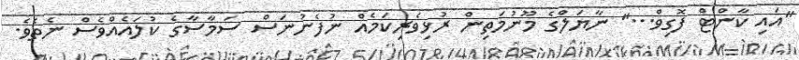
"އައި ކާންޓް ފޮގިވް..." ނާޔަލްގެ މޫނުމަތިން ރުޅިވެރިކަމެއް ނުފެނުނަސް ސަމާސާގެ ކުލައެއްވެސް ނެތެވެ.